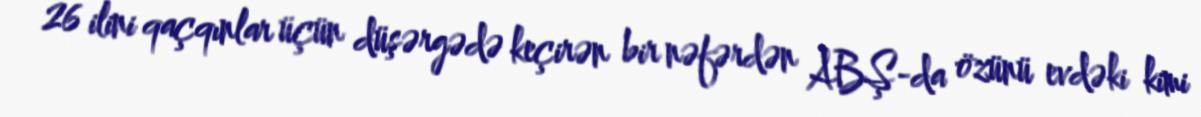
26 ilini qaçqınlar üçün düşərgədə keçirən bir nəfərdən ABŞ-da özünü evdəki kimi